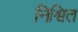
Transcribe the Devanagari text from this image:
निश्वित